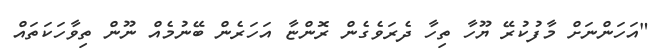
"އަހަންނަށް މާފުކުރޭ ޔޫހާ ތިހާ ދެރަވެގެން ރޮންޏާ އަހަރެން ބޭނުމެއް ނޫން ތިވާހަކަތައް